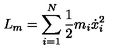
L _ { m } = \sum _ { i = 1 } ^ { N } \frac { 1 } { 2 } m _ { i } \dot { x } _ { i } ^ { 2 }